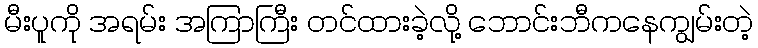
မီးပူကို အရမ်း အကြာကြီး တင်ထားခဲ့လို့ ဘောင်းဘီကနေကျွမ်းတဲ့